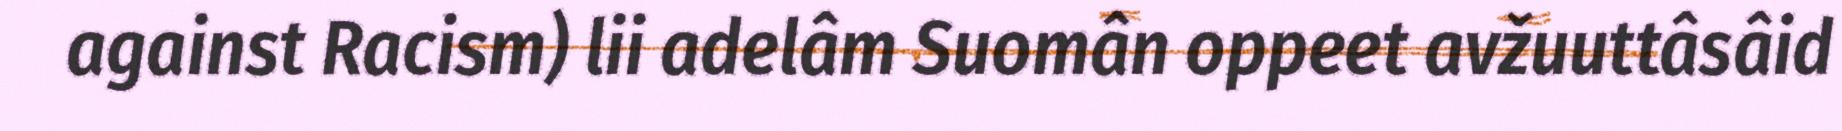
against Racism) lii adelâm Suomân oppeet avžuuttâsâid